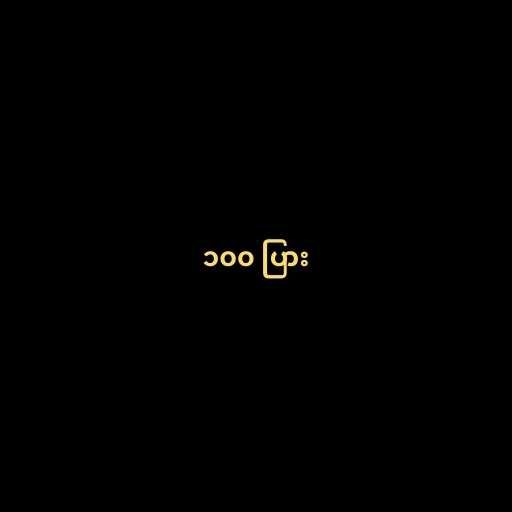
၁၀၀ ပြား